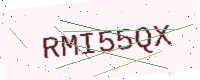
Text: RMI55QX